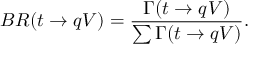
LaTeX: B R ( t \rightarrow q V ) = \frac { \Gamma ( t \rightarrow q V ) } { \sum \Gamma ( t \rightarrow q V ) } .